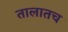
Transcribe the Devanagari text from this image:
तालातच